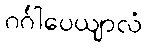
ဂင်္ဂါပေယျာလံ